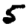
Digit: 5